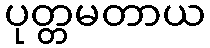
ပုတ္တမတာယ